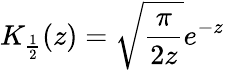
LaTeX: K_{\frac{1}{2}}(z)=\sqrt{\frac{\pi}{2z}}e^{-z}